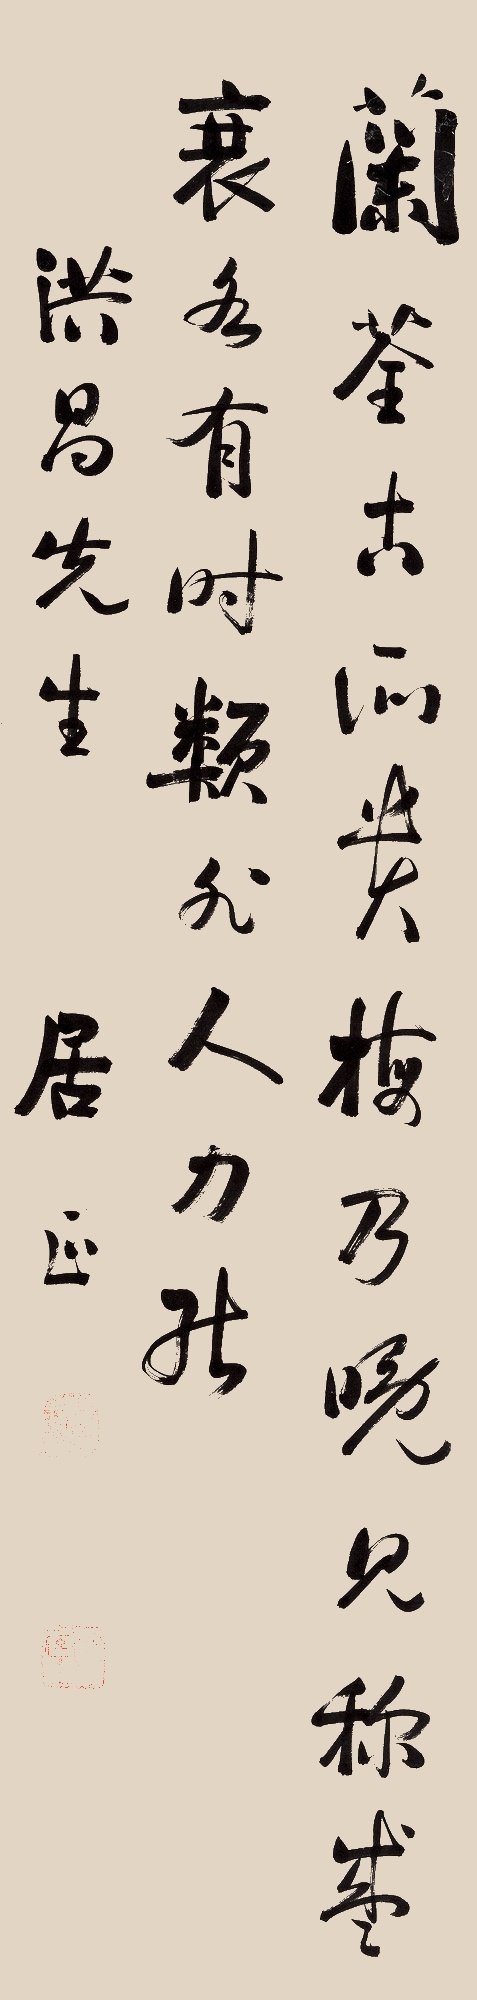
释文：兰荃古所贵
梅乃晚见称
盛衰各有时
类非人力能洪昌先生。居正。